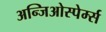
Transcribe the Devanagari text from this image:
अन्जिओस्पेर्म्स